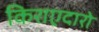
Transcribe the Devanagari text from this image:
किराएदारो